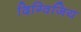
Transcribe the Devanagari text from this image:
दिग्विजिय